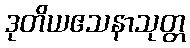
ဒုတိယဧသနာသုတ္တ